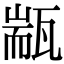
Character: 㼷